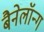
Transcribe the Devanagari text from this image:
बैनेलॉन्ग